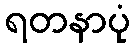
ရတနာပုံ